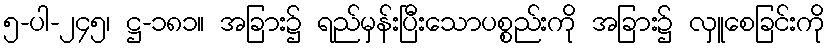
၅-ပါ-၂၄၅၊ ဋ္ဌ-၁၈၁။ အခြား၌ ရည်မှန်းပြီးသောပစ္စည်းကို အခြား၌ လှူစေခြင်းကို